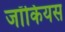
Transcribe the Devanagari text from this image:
जॉकियस